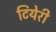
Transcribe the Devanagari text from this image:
टियेरी